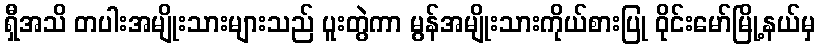
ရှီအသိ တပါးအမျိုးသားများသည် ပူးတွဲကာ မွန်အမျိုးသားကိုယ်စားပြု ဝိုင်းမော်မြို့နယ်မှ